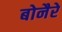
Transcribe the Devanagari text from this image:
बोनैरे